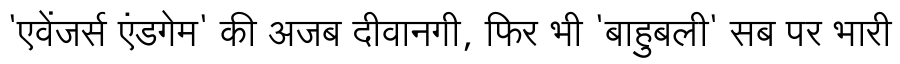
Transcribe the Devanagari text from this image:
'एवेंजर्स एंडगेम' की अजब दीवानगी, फिर भी 'बाहुबली' सब पर भारी